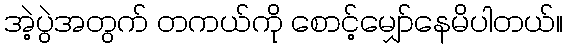
အဲ့ပွဲအတွက် တကယ်ကို စောင့်မျှော်နေမိပါတယ်။